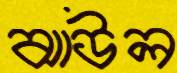
ঝাউল